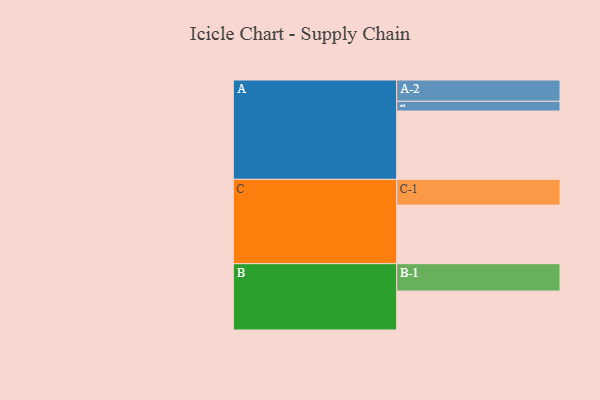
{"axis": {"x": "Segment", "y": "Value"}, "legend": ["", "A", "B", "C"], "data": [{"x": "A", "y": 581, "type": ""}, {"x": "B", "y": 331, "type": ""}, {"x": "C", "y": 498, "type": ""}, {"x": "A-1", "y": 83, "type": "A"}, {"x": "A-2", "y": 181, "type": "A"}, {"x": "B-1", "y": 233, "type": "B"}, {"x": "C-1", "y": 219, "type": "C"}]}